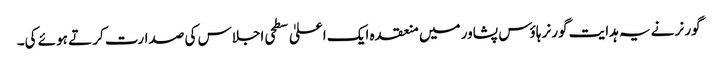
گورنر نے یہ ہدایت گورنر ہاؤس پشاور میں منعقدہ ایک اعلیٰ سطحی اجلاس کی صدارت کر تے ہوئے کی۔